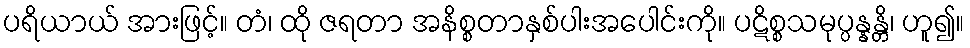
ပရိယာယ် အားဖြင့်။ တံ၊ ထို ဇရတာ အနိစ္စတာနှစ်ပါးအပေါင်းကို။ ပဋိစ္စသမုပ္ပန္နန္တိ၊ ဟူ၍။